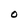
Character: O